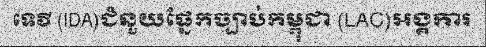
ទេវី (IDA)ជំនួយផ្នែកច្បាប់កម្ពុជា (LAC)អង្គការ